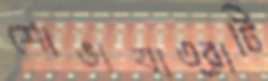
শোভাযাত্রাটি